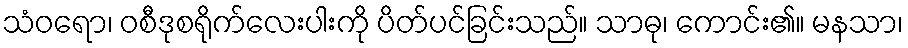
သံဝရော၊ ဝစီဒုစရိုက်လေးပါးကို ပိတ်ပင်ခြင်းသည်။ သာဓု၊ ကောင်း၏။ မနသာ၊